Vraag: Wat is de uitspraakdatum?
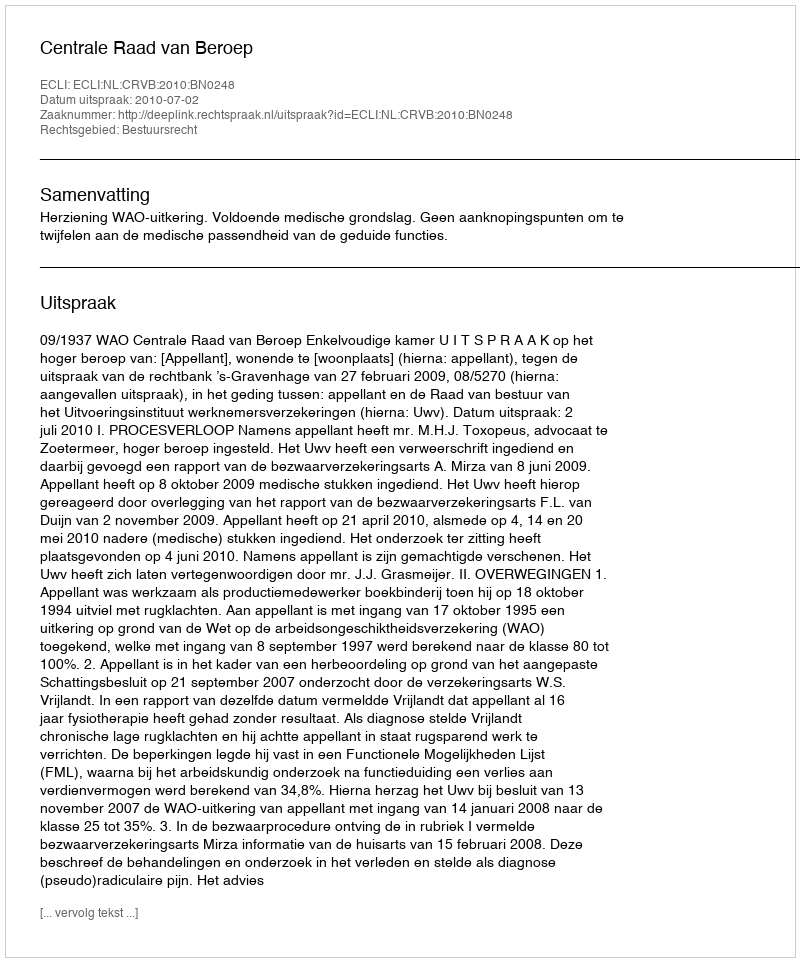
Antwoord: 2010-07-02